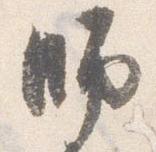
師